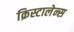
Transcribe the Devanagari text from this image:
क्रिस्टालेन्स